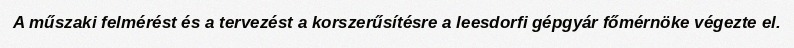
A műszaki felmérést és a tervezést a korszerűsítésre a leesdorfi gépgyár főmérnöke végezte el.